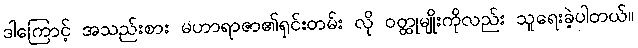
ဒါကြောင့် အသည်းစား မဟာရာဇာ၏ရှင်းတမ်း လို ဝတ္ထုမျိုးကိုလည်း သူရေးခဲ့ပါတယ်။